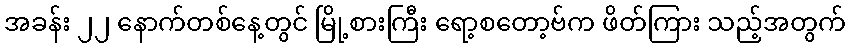
အခန်း ၂၂ နောက်တစ်နေ့တွင် မြို့စားကြီး ရော့စတော့ဗ်က ဖိတ်ကြား သည့်အတွက်